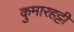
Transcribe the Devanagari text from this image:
कुमारहट्टी